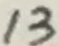
Text: 13